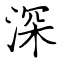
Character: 深